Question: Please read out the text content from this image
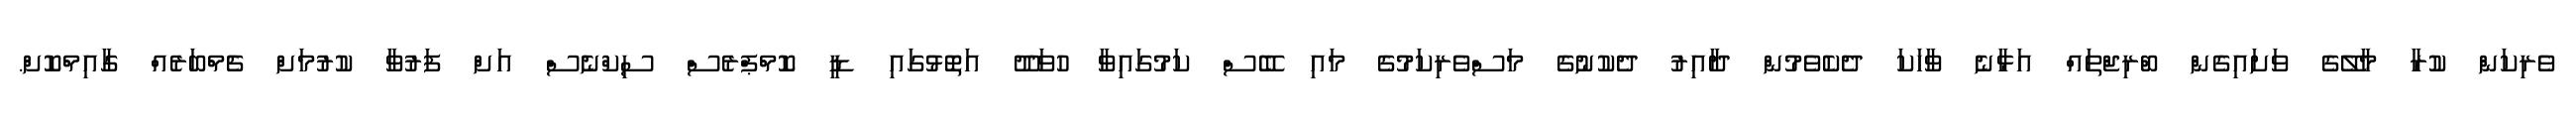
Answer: ވެރިކަން ކުރާ މާލޭގެ ވަށައިގެން ބްރިޖްތައް އަޅާނެ ވާހަކަ ދެކެވެމުން ދާއިރު ދެކުނުގެ މަސްވެރިކަމުގެ މައި ބޭސް ކަމުގައިވާ ހުވަދޫ އަތޮޅުގައި ޑީ ކޮމްޕްރެސް ސިކްނެސް އަށް ފަރުވާ ކުރުމަށް ޗެމްބަރެއް ގާއިމްކޮށް.